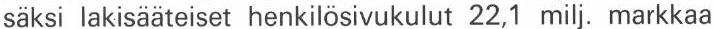
säksi lakisääteiset henkilösivukulut 22,1 milj. markkaa